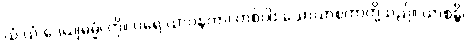
ယံ ယံ ဒေယျဓမ္မံ၊ ကို။ ပရေ ယာဝနကာ၊ တစ်ပါး သောယာစကာတို့သည်။ ယာစန္တိ၊